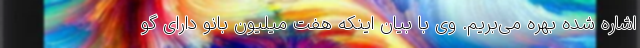
اشاره شده بهره می‌بریم. وی با بیان اینکه هفت میلیون بانو دارای گو